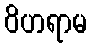
ဝိဟရာမ